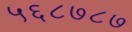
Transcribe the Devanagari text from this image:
५६८७८७